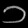
Digit: ၁